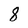
Character: 8